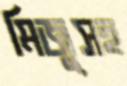
মিজুসহ